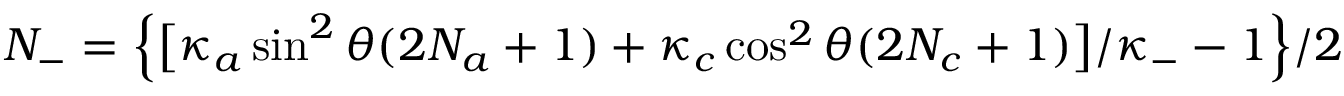
N _ { - } = \Big \{ \big [ \kappa _ { a } \sin ^ { 2 } \theta ( 2 N _ { a } + 1 ) + \kappa _ { c } \cos ^ { 2 } \theta ( 2 N _ { c } + 1 ) \big ] / \kappa _ { - } - 1 \Big \} / 2